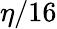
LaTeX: \eta/16